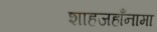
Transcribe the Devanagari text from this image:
शाहजहाँनामा